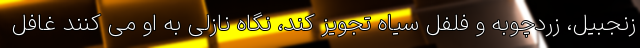
زنجبیل، زردچوبه و فلفل سیاه تجویز کند، نگاه نازلی به او می کنند غافل